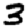
Digit: 3